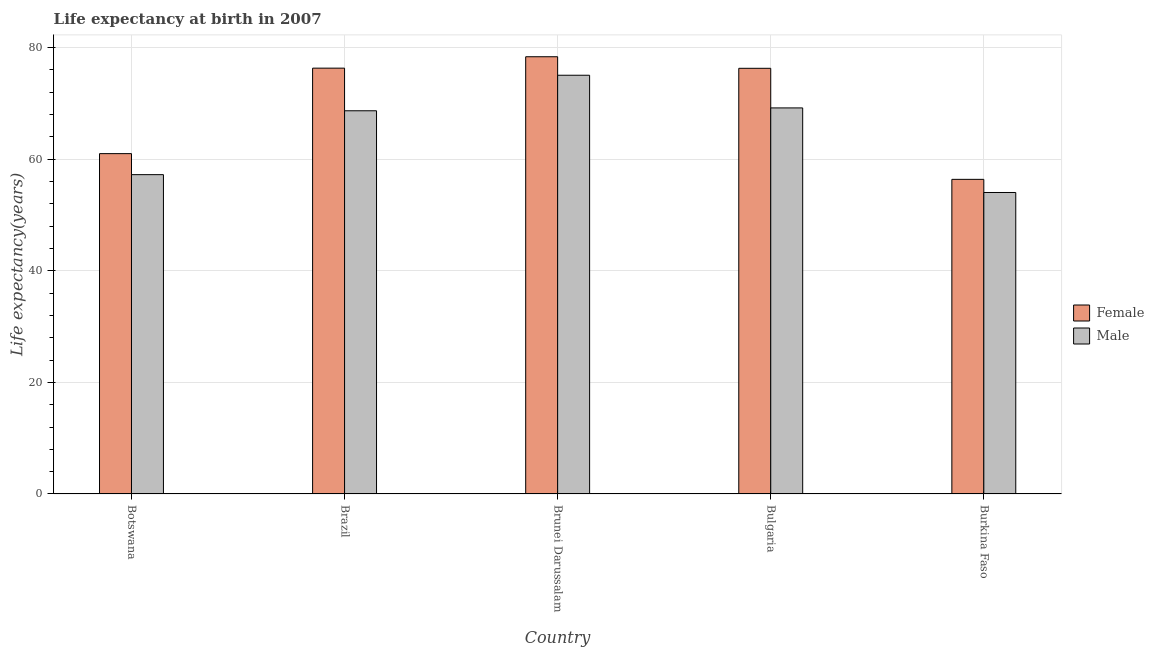
| Country | Female | Male |
 | --- | --- | --- |
 | Botswana | 61 | 57.2 |
 | Brazil | 76.3 | 68.7 |
 | Brunei Darussalam | 78.4 | 75.1 |
 | Bulgaria | 76.3 | 69.2 |
 | Burkina Faso | 56.4 | 54 |